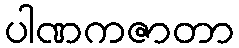
ပါဏကဇာတာ